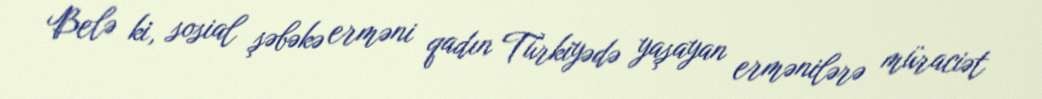
Belə ki, sosial şəbəkə erməni qadın Türkiyədə yaşayan ermənilərə müraciət